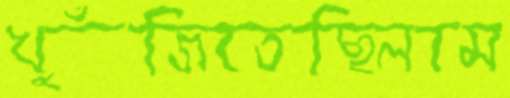
খুঁজিতেছিলাম